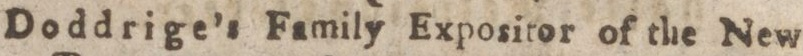
Doddrige’s Family Expositor of the New